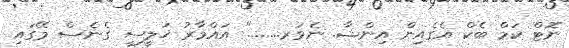
ނޮޓް ކަމް ބެކް އެގެއިން އިންޝާ. ނެވަރ........" އައްމާރު ޚަލީސީ ގެނެސް މޭގައި